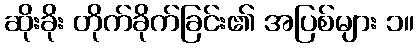
ဆိုးခိုး တိုက်ခိုက်ခြင်း၏ အပြစ်များ ၁။